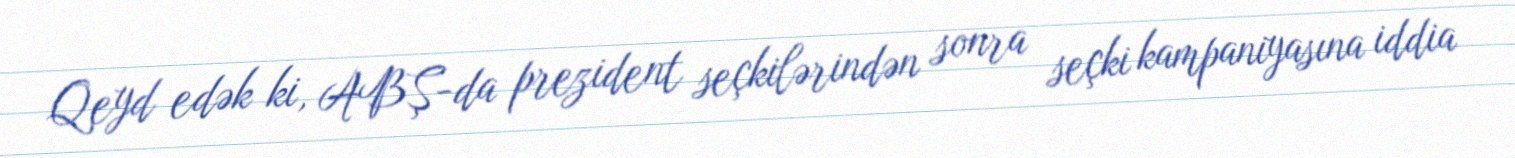
Qeyd edək ki, ABŞ-da prezident seçkilərindən sonra seçki kampaniyasına iddia